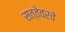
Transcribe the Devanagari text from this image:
सत्तेवरचे